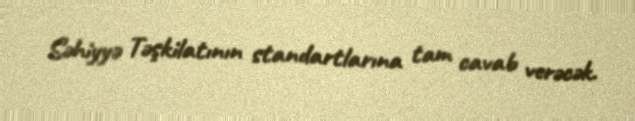
Səhiyyə Təşkilatının standartlarına tam cavab verəcək.